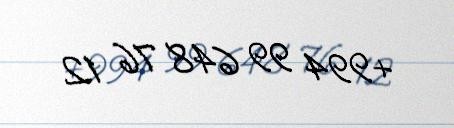
+994 99 648 76 12